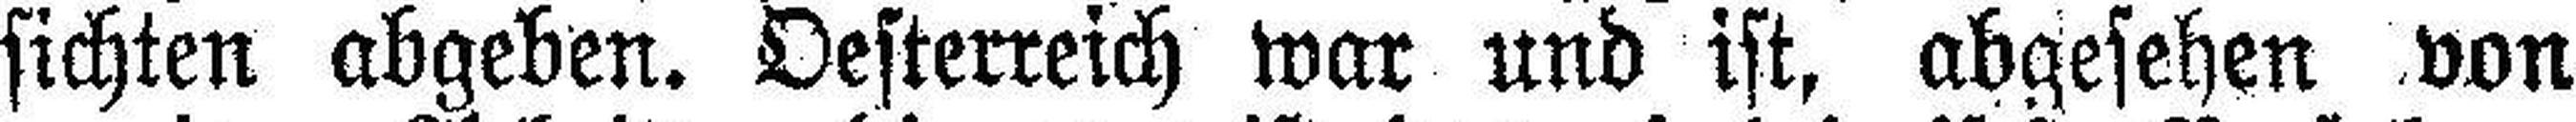
sichten abgeben. Oesterreich war und ist, abgesehen von